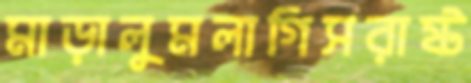
মাড়ালুমলাগিসরাষ্ট